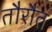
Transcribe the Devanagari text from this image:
तौरौत